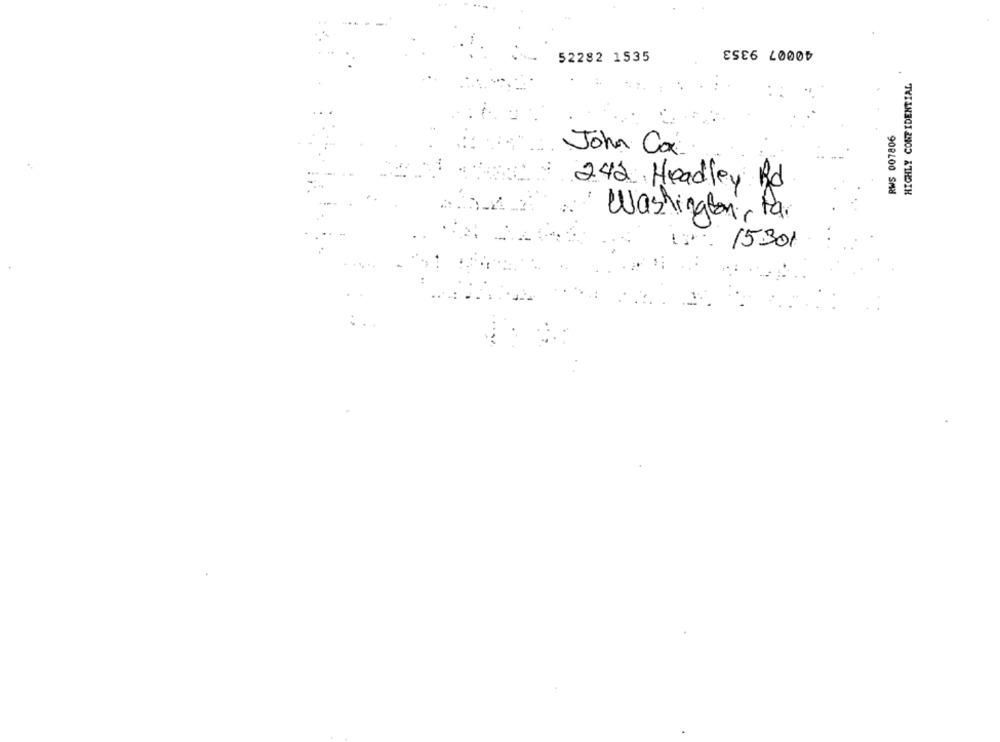
40007 9353
52282 1535
HIGHLY CONFIDENTIAL
RWS 007806
John Cox
242 Headley Rd
Washington, Pa.
15301